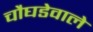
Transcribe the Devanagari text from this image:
चौघडेवाले